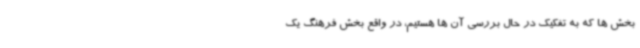
بخش ها که به تفکیک در حال بررسی آن ها هستیم، در واقع بخش فرهنگ یک